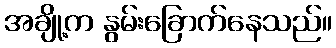
အချို့က နွမ်းခြောက်နေသည်။